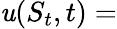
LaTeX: \mathit{u}(S_{t},t)=